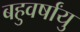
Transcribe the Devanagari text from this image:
बहुवर्षांयु